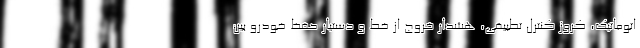
اتوماتیک، کروز کنترل تطبیقی، هشدار خروج از خط و دستیار حفظ خودرو بین